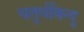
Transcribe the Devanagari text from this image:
चतुर्थबिन्दु